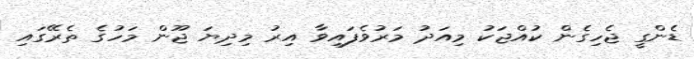
ޑެންގީ ޖެހިގެން ކުއްޖަކު މިއަދު މަރުވެފައިވާ އިރު މިދިޔަ ޖޫން މަހުގެ ތެރޭގައި